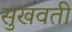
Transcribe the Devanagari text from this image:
सुखवती